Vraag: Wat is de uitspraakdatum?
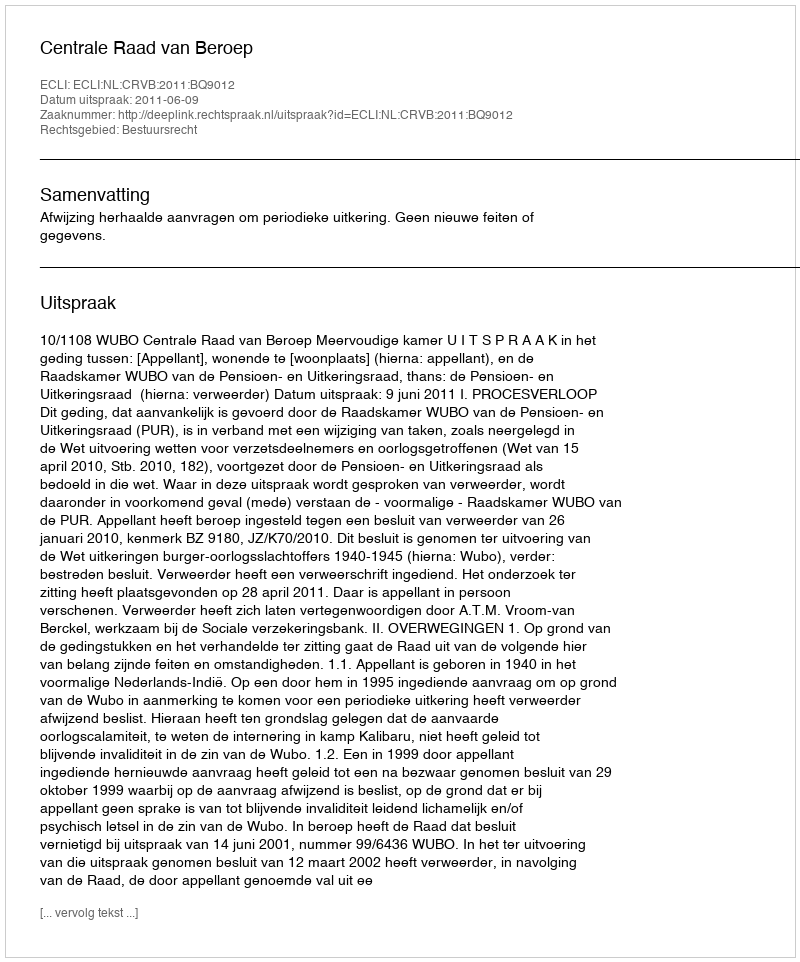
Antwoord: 2011-06-09